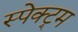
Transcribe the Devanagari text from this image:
स्पेक्ट्र्म